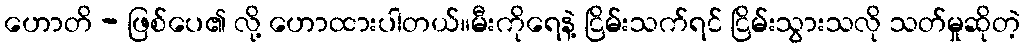
ဟောတိ - ဖြစ်ပေ၏ လို့ ဟောထားပါတယ်။မီးကိုရေနဲ့ ငြိမ်းသက်ရင် ငြိမ်းသွားသလို သတ်မှုဆိုတဲ့